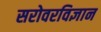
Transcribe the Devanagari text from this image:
सरोवरविज्ञान